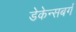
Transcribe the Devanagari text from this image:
डेकेन्सबर्ग